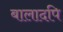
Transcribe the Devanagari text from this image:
बालादपि